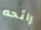
رائحه